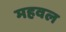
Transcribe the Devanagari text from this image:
महवल